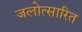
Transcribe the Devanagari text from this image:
जलोत्सारित